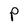
Character: P